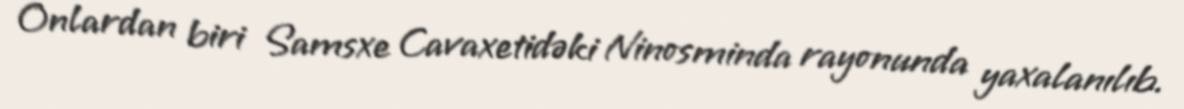
Onlardan biri Samsxe Cavaxetidəki Ninosminda rayonunda yaxalanılıb.